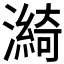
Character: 𤀽